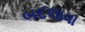
બદલાવા